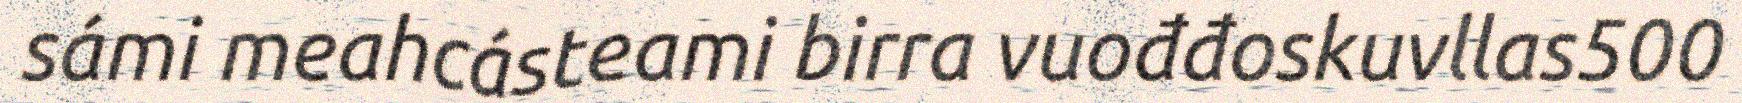
sámi meahcásteami birra vuođđoskuvllas500